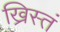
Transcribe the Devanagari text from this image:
ख्रिस्तं